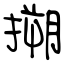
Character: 搠